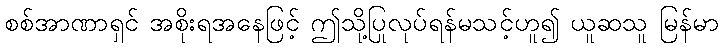
စစ်အာဏာရှင် အစိုးရအနေဖြင့် ဤသို့ပြုလုပ်ရန်မသင့်ဟူ၍ ယူဆသူ မြန်မာ